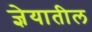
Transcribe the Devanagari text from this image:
ज्ञेयातील